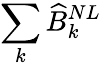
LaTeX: \sum_{k}\widehat{B}_{k}^{NL}